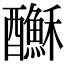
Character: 𨣺